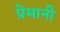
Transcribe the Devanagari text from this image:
प्रेमानी